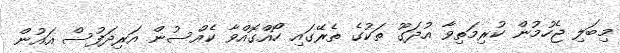
މިބަލި ޖެހުމުން ކުރިމަތިވާ އުދަގޫ ތަކުގެ ތެރޭގައި ހޯއްގޮޮއްވާ ކެއްސުން އަރިދަފުސް އައުން